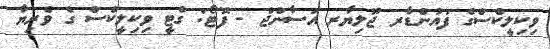
ވިކިލީކްސްގެ ފައުންޑާރ ޖޫލިޔާރ އަސާންޖް - ފޮޓޯ: ގެޓީ ވިކިލީކްސް ގެ ވެރިޔާ